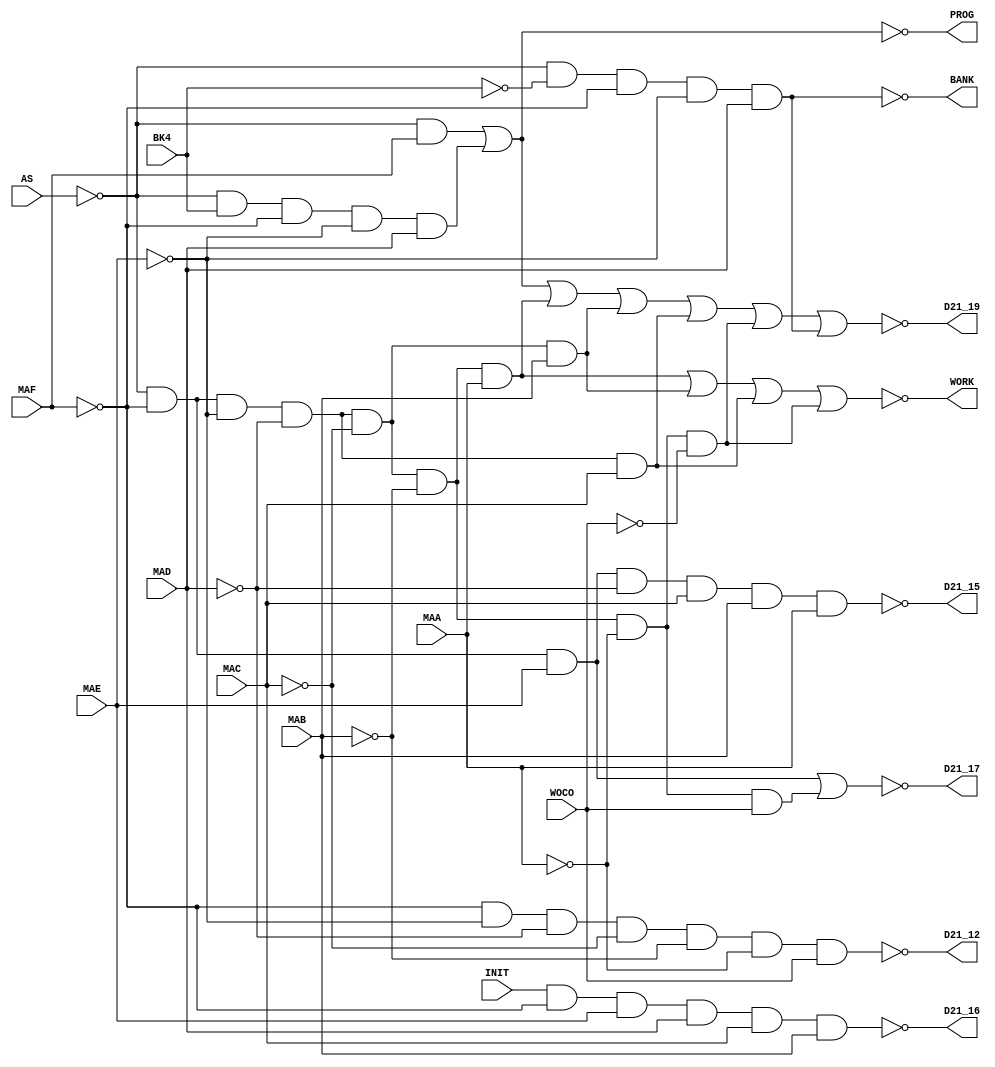
//PAL16L8_053326_D21.v
//Implementation of PAL 053326-D21 combinatorial logic
//used in Aliens Konami Arcade PCB.
//Converted to Verilog By RndMnkIII. 10/2019. (@RndMnkIII).
//---------------------------------------------------------
//Dumped from an unsecured PAL16L8, 
//converted to GAL16V8 with PALTOGAL 
//and tested by Caius (@Caius63417737).
//---------------------------------------------------------
`default_nettype none
`timescale 1 ns / 100 ps
module PAL16L8_053326_D21( 
	input AS, BK4, INIT, MAF, MAE, MAD, MAC, MAB, MAA, WOCO,
	output D21_12, WORK, BANK, D21_15, D21_16, D21_17, PROG, D21_19);
	
	parameter COMBDLY = 5;
	
	//D21_12 = ~[ADDR={0000 0000 00xx xxxx:0000-03FF} & WOCO=1]
	assign #COMBDLY D21_12 = ~(~MAF & ~MAE & ~MAD & ~MAC & ~MAB & ~MAA & WOCO);
	
	
	//WORK = ~[AS=0 & [ADDR={0000 01xx xxxx xxxx:0400-07FF} | 
	//        ADDR={0000 1xxx xxxx xxxx:0800-0FFF} | 
	//		  ADDR={0001 xxxx xxxx xxxx:1000-1FFF} |
	//		  [ADDR={0000 0000 00xx xxxx:0000-03FF} & WOCO=0] ]]
	assign #COMBDLY WORK = ~((~AS & ~MAF & ~MAE & ~MAD & ~MAC & ~MAB & MAA) |
       (~AS & ~MAF & ~MAE & ~MAD & ~MAC & MAB) |
       (~AS & ~MAF & ~MAE & ~MAD & MAC) | 
       (~AS & ~MAF & ~MAE & ~MAD & ~MAC & ~MAB & ~MAA & ~WOCO));
	
	//BANK = ~[AS=0 & ADDR={001x xxxx xxxx xxxx:2000-3FFF} & BK4=0]
	assign #COMBDLY BANK = ~(~AS & ~BK4 & ~MAF & ~MAE & MAD);
	
	//D21_15 = ~[AS=0 & ADDR={0101 11xx xxxx xxxx:5C00-5FFF}]
	assign #COMBDLY D21_15 = ~(~AS & ~MAF & MAE & ~MAD & MAC & MAB & MAA);
	
	//D21_16 = ~[INIT=1 & ADDR={0111 1xxx xxxx xxxx:7800-7FFF}]
	assign #COMBDLY D21_16 = ~(INIT & ~MAF & MAE & MAD & MAC & MAB);
	
	//D18_5 = D21_17 on CLKQ risedge
	//D21_17 = ~[[AS=0 & ADDR={0000 00xx xxxx xxxx:0000-03FF} & WOCO=1] | [AS=0 & ADDR={01xx xxxx xxxx xxxx:4000-7FFF}]]
	assign #COMBDLY D21_17 = ~((~AS & ~MAF & MAE) |
       (~AS & ~MAF & ~MAE & ~MAD & ~MAC & ~MAB & ~MAA & WOCO));
	
	//PROG = ~[AS=0 & [[BK4=1 & ADDR={001x xxxx xxxx xxxx:2000-3FFF}] | ADDR={1xxx xxxx xxxx xxxx:8000-FFFF}]]
	assign #COMBDLY PROG = ~((~AS & MAF) |
       (~AS & BK4 & ~MAF & ~MAE & MAD)); 
	
	//D21_19 = ~[AS=0 & [ ADDR={1xxx xxxx xxxx xxxx:8000-FFFF} |
	//           [BK4=1 & ADDR={001x xxxx xxxx xxxx:2000-3FFF}] |
	//           ADDR={0000 01xx xxxx xxxx:0400-07FF} |
	//           ADDR={0000 1xxx xxxx xxxx:0800-0FFF} |
	//           ADDR={0001 xxxx xxxx xxxx:1000-1FFF} |
	//           [ADDR={0000 0000 00xx xxxx:0000-03FF} & WOCO=0] |
	//           [ADDR={001x xxxx xxxx xxxx:2000-3FFF} & BK4=0]]]
	//D21_19 = PROG | WORK | BANK
	assign #COMBDLY D21_19 = ~((~AS & MAF) |
       (~AS & BK4 & ~MAF & ~MAE & MAD) |
       (~AS & ~MAF & ~MAE & ~MAD & ~MAC & ~MAB & MAA) |
       (~AS & ~MAF & ~MAE & ~MAD & ~MAC & MAB) |
       (~AS & ~MAF & ~MAE & ~MAD & MAC) |
       (~AS & ~MAF & ~MAE & ~MAD & ~MAC & ~MAB & ~MAA & ~WOCO) |
       (~AS & ~BK4 & ~MAF & ~MAE & MAD));
endmodule